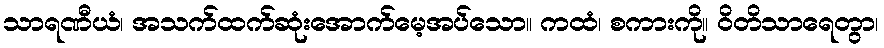
သာရဏီယံ၊ အသက်ထက်ဆုံးအောက်မေ့အပ်သော။ ကထံ၊ စကားကို။ ဝိတိသာရေတွာ၊